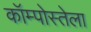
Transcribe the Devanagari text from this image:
कॉम्पोस्तेला